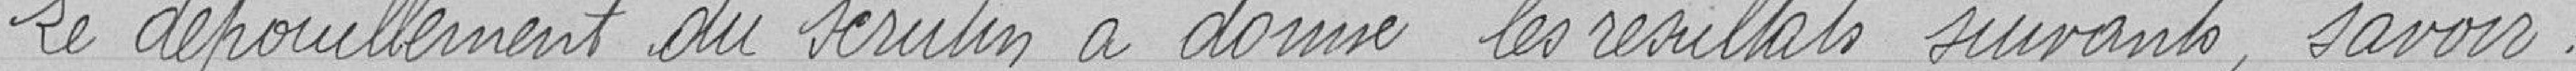
Le dépouillement du scrutin a donné  les résultats suivants, savoir :